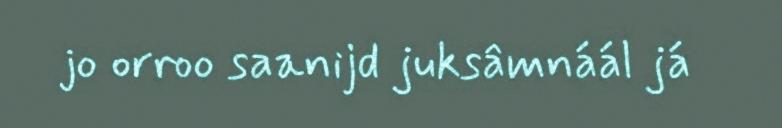
jo orroo saanijd juksâmnáál já